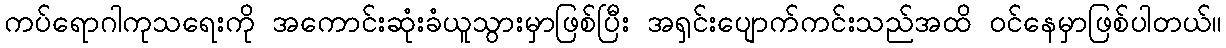
ကပ်ရောဂါကုသရေးကို အကောင်းဆုံးခံယူသွားမှာဖြစ်ပြီး အရှင်းပျောက်ကင်းသည်အထိ ဝင်နေမှာဖြစ်ပါတယ်။